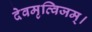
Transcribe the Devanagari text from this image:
देवमृत्विजम्‌।